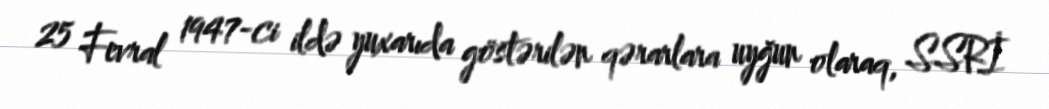
25 Fevral 1947-ci ildə yuxarıda göstərilən qərarlara uyğun olaraq, SSRİ